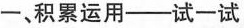
一、积累运用—试一试